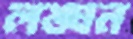
লঙ্ঘন